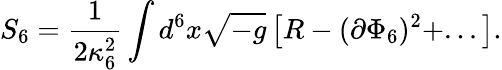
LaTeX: S_{6}=\frac{1}{2\kappa_{6}^{2}}\int d^{6}x\sqrt{-g}\left[R-(\partial\Phi_{6})^{2}+...\right].